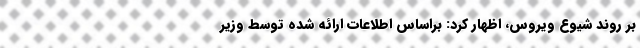
بر روند شیوع ویروس، اظهار کرد: براساس اطلاعات ارائه شده توسط وزیر